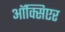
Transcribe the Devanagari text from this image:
ऑक्सिएर